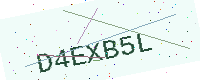
Text: D4EXB5L